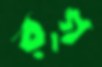
রগ্‌